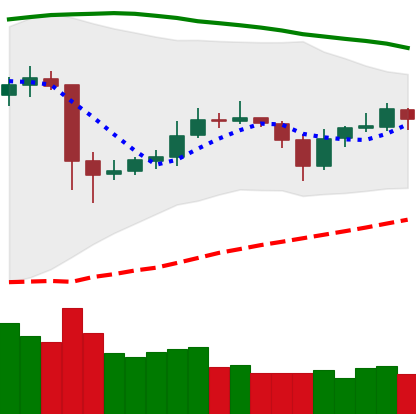
Ticker: ETC-USD
Chart end date: 2020-05-26
Forward return: 3.467%
Label: up_3_5